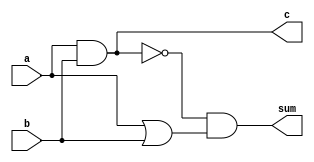
module half_adder(input wire a, b, output wire sum, c);
  wire n, o;
  and A1(c, a, b);
  not N1(n, c);
  or  O1(o, a, b);
  and A2(sum, n, o);
endmodule

module full_adder(input wire a, b, cin, output wire sum, cout);
  wire c1, s1, c2;
  half_adder H1(a, b, s2, c1);
  half_adder H2(s2, cin, sum, c2);
  or O1(cout, c1, c2);
endmodule

module full_add16(input wire [15:0] i_a, input wire [15:0] i_b, input wire cin, output wire [15:0] o_out, output wire o_cout );
wire Co[0:14];
full_adder f0(.a(i_a[0]), .b(i_b[0]), .cin(cin), .sum(o_out[0]), .cout(Co[0]));
full_adder f1(.a(i_a[1]), .b(i_b[1]), .cin(Co[0]), .sum(o_out[1]), .cout(Co[1]));
full_adder f2(.a(i_a[2]), .b(i_b[2]), .cin(Co[1]), .sum(o_out[2]), .cout(Co[2]));
full_adder f3(.a(i_a[3]), .b(i_b[3]), .cin(Co[2]), .sum(o_out[3]), .cout(Co[3]));
full_adder f4(.a(i_a[4]), .b(i_b[4]), .cin(Co[3]), .sum(o_out[4]), .cout(Co[4]));
full_adder f5(.a(i_a[5]), .b(i_b[5]), .cin(Co[4]), .sum(o_out[5]), .cout(Co[5]));
full_adder f6(.a(i_a[6]), .b(i_b[6]), .cin(Co[5]), .sum(o_out[6]), .cout(Co[6]));
full_adder f7(.a(i_a[7]), .b(i_b[7]), .cin(Co[6]), .sum(o_out[7]), .cout(Co[7]));
full_adder f8(.a(i_a[8]), .b(i_b[8]), .cin(Co[7]), .sum(o_out[8]), .cout(Co[8]));
full_adder f9(.a(i_a[9]), .b(i_b[9]), .cin(Co[8]), .sum(o_out[9]), .cout(Co[9]));
full_adder f10(.a(i_a[10]), .b(i_b[10]), .cin(Co[9]), .sum(o_out[10]), .cout(Co[10]));
full_adder f11(.a(i_a[11]), .b(i_b[11]), .cin(Co[10]), .sum(o_out[11]), .cout(Co[11]));
full_adder f12(.a(i_a[12]), .b(i_b[12]), .cin(Co[11]), .sum(o_out[12]), .cout(Co[12]));
full_adder f13(.a(i_a[13]), .b(i_b[13]), .cin(Co[12]), .sum(o_out[13]), .cout(Co[13]));
full_adder f14(.a(i_a[14]), .b(i_b[14]), .cin(Co[13]), .sum(o_out[14]), .cout(Co[14]));
full_adder f15(.a(i_a[15]), .b(i_b[15]), .cin(Co[14]), .sum(o_out[15]), .cout(o_cout));

endmodule

module incrementer(input [0:15] i_in, input i_dir, output [0:15] o_out);
  wire Co[0:15];
  wire w_dirInv;
  assign w_dirInv = ~i_dir;
  full_adder F0(i_in[15], w_dirInv, i_dir, o_out[15], Co[15]);
  full_adder F1(i_in[14], w_dirInv, Co[15], o_out[14], Co[14]);
  full_adder F2(i_in[13], w_dirInv, Co[14], o_out[13], Co[13]);
  full_adder F3(i_in[12], w_dirInv, Co[13], o_out[12], Co[12]);
  full_adder F4(i_in[11], w_dirInv, Co[12], o_out[11], Co[11]);
  full_adder F5(i_in[10], w_dirInv, Co[11], o_out[10], Co[10]);
  full_adder F6(i_in[9], w_dirInv, Co[10], o_out[9], Co[9]);
  full_adder F7(i_in[8], w_dirInv, Co[9], o_out[8], Co[8]);
  full_adder F8(i_in[7], w_dirInv, Co[8], o_out[7], Co[7]);
  full_adder F9(i_in[6], w_dirInv, Co[7], o_out[6], Co[6]);
  full_adder F10(i_in[5], w_dirInv, Co[6], o_out[5], Co[5]);
  full_adder F11(i_in[4], w_dirInv, Co[5], o_out[4], Co[4]);
  full_adder F12(i_in[3], w_dirInv, Co[4], o_out[3], Co[3]);
  full_adder F13(i_in[2], w_dirInv, Co[3], o_out[2], Co[2]);
  full_adder F14(i_in[1], w_dirInv, Co[2], o_out[1], Co[1]);
  full_adder F15(i_in[0], w_dirInv, Co[1], o_out[0], Co[0]);
endmodule